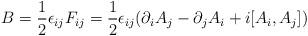
LaTeX: \begin{align*}B = {1\over 2} \epsilon_{ij} F_{ij} = {1\over 2}\epsilon_{ij}(\partial_{i}A_{j} -\partial_{j}A_{i} + i[A_{i},A_{j}])\end{align*}